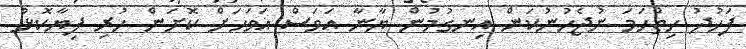
ފަހުދު ހިތްހަމަ ނުޖެހުނުކަން އިނގުމުން ޔާނާ އަވަސް އަވަހަށް ކޮށަން ހުރި ފިޔާކޮޅު